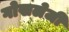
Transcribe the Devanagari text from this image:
गोखलेजी